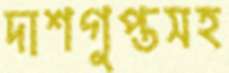
দাশগুপ্তসহ